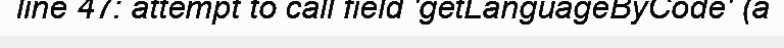
line 47: attempt to call field 'getLanguageByCode' (a